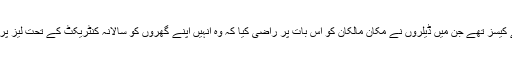
کچھ ایسے کیسز تھے جن میں ڈیلروں نے مکان مالکان کو اس بات پر راضی کیا کہ وہ اُنہیں اپنے گھروں کو سالانہ کنٹریکٹ کے تحت لیز پر دے دیں ۔